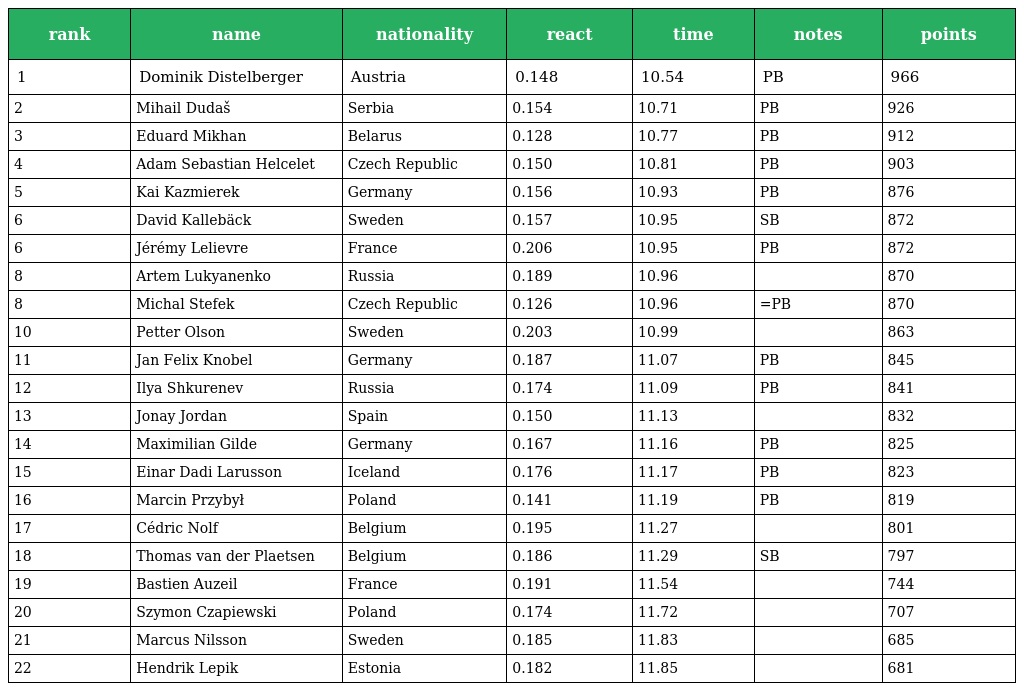
| rank | name | nationality | react | time | notes | points |
 | --- | --- | --- | --- | --- | --- | --- |
 | 1 | Dominik Distelberger | Austria | 0.148 | 10.54 | PB | 966 |
 | 2 | Mihail Dudaš | Serbia | 0.154 | 10.71 | PB | 926 |
 | 3 | Eduard Mikhan | Belarus | 0.128 | 10.77 | PB | 912 |
 | 4 | Adam Sebastian Helcelet | Czech Republic | 0.150 | 10.81 | PB | 903 |
 | 5 | Kai Kazmierek | Germany | 0.156 | 10.93 | PB | 876 |
 | 6 | David Kallebäck | Sweden | 0.157 | 10.95 | SB | 872 |
 | 6 | Jérémy Lelievre | France | 0.206 | 10.95 | PB | 872 |
 | 8 | Artem Lukyanenko | Russia | 0.189 | 10.96 |  | 870 |
 | 8 | Michal Stefek | Czech Republic | 0.126 | 10.96 | =PB | 870 |
 | 10 | Petter Olson | Sweden | 0.203 | 10.99 |  | 863 |
 | 11 | Jan Felix Knobel | Germany | 0.187 | 11.07 | PB | 845 |
 | 12 | Ilya Shkurenev | Russia | 0.174 | 11.09 | PB | 841 |
 | 13 | Jonay Jordan | Spain | 0.150 | 11.13 |  | 832 |
 | 14 | Maximilian Gilde | Germany | 0.167 | 11.16 | PB | 825 |
 | 15 | Einar Dadi Larusson | Iceland | 0.176 | 11.17 | PB | 823 |
 | 16 | Marcin Przybył | Poland | 0.141 | 11.19 | PB | 819 |
 | 17 | Cédric Nolf | Belgium | 0.195 | 11.27 |  | 801 |
 | 18 | Thomas van der Plaetsen | Belgium | 0.186 | 11.29 | SB | 797 |
 | 19 | Bastien Auzeil | France | 0.191 | 11.54 |  | 744 |
 | 20 | Szymon Czapiewski | Poland | 0.174 | 11.72 |  | 707 |
 | 21 | Marcus Nilsson | Sweden | 0.185 | 11.83 |  | 685 |
 | 22 | Hendrik Lepik | Estonia | 0.182 | 11.85 |  | 681 |